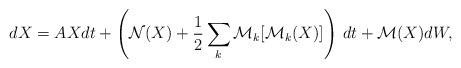
LaTeX: \begin{align*} dX = AX dt + \left( \mathcal N(X) + \frac12 \sum_k \mathcal M_k[ \mathcal M_k(X) ] \right) \, dt + \mathcal M(X) d W,\end{align*}